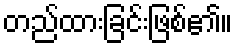
တည်ထားခြင်းဖြစ်၏။